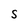
Character: S